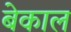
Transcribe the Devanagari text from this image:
बेकाल